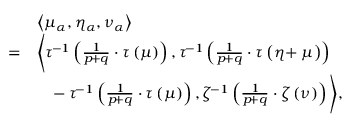
\begin{array} { r l } & { \left\langle \mu _ { \alpha } , \eta _ { \alpha } , \nu _ { \alpha } \right\rangle } \\ { = } & { \Bigg \langle \tau ^ { \! - 1 } \left( \frac { 1 } { p \! + q } \cdot \tau \left( \mu \right) \right) , \tau ^ { \! - 1 } \left( \frac { 1 } { p \! + q } \cdot \tau \left( \eta \! + \mu \right) \right) \Bigg . } \\ & { \quad \Bigg . \! - \tau ^ { \! - 1 } \left( \frac { 1 } { p \! + q } \cdot \tau \left( \mu \right) \right) , \zeta ^ { \! - 1 } \left( \frac { 1 } { p \! + q } \cdot \zeta \left( \nu \right) \right) \Bigg \rangle , } \end{array}